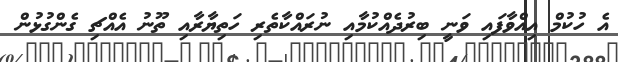
އެ ހުކުމް އިއްވާފައި ވަނީ ބިރުދެއްކުމާއި ނުރައްކާތެރި ހަތިޔާރާއި ތޫނު އެއްޗިި ގެންގުޅުން